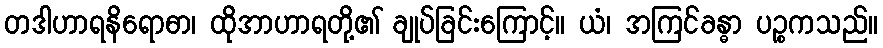
တဒါဟာရနိရောဓာ၊ ထိုအာဟာရတို့၏ ချုပ်ခြင်းကြောင့်။ ယံ၊ အကြင်ခန္ဓာ ပဉ္စကသည်။